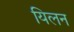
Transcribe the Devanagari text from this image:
यिलन